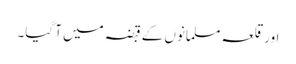
اورقلعہ مسلمانوں کے قبضہ میں آ گیا۔